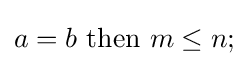
a=b{\text{ then }}m\leq n;